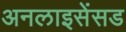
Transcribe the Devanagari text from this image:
अनलाइसेंसड